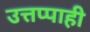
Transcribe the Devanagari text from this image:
उत्तप्पाही